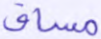
مساق